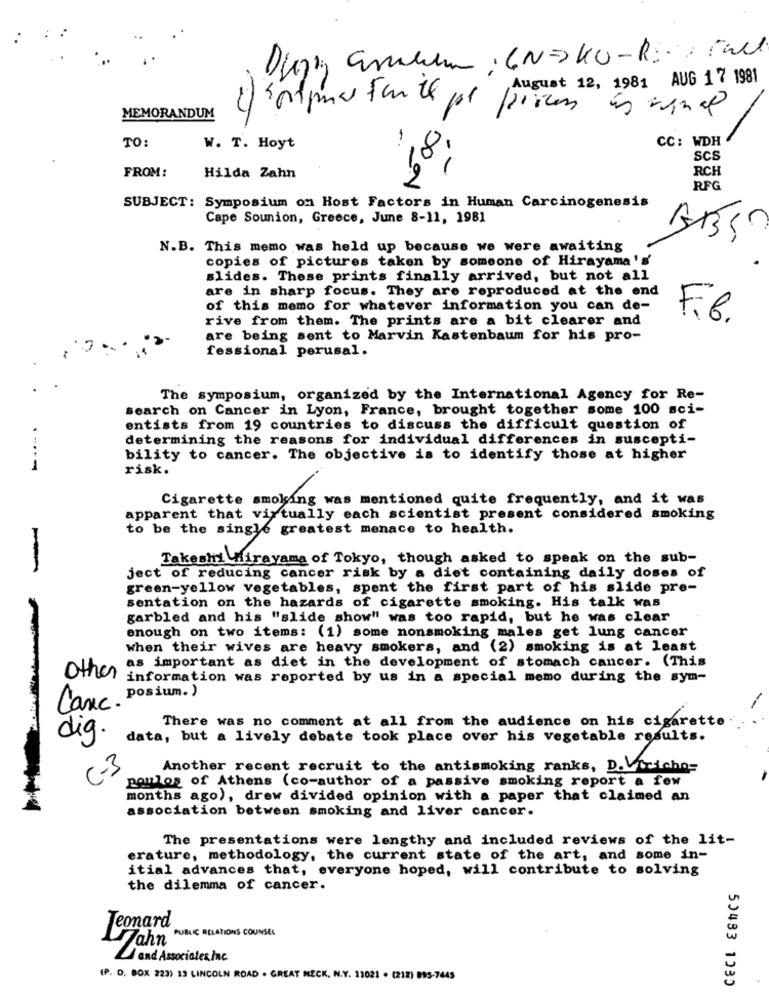
August 12, 1981 AUG 1 7 1981
c'estprice for le pe poicon
MEMORANDUM
-
CC: WDH
TO:
W. T. Hoyt
8
SCS
FROM:
-
RCH
Hilda Zahn
RFG
SUBJECT: Symposium on Host Factors in Human Carcinogenesis
Cape Sounion, Greece, June 8-11, 1981
N.B. This memo was held up because we were awaiting
copies of pictures taken by someone of Hirayama's'
slides. These prints finally arrived, but not all
are in sharp focus. They are reproduced at the end
of this memo for whatever information you can de-
rive from them. The prints are a bit clearer and
F.b.
are being sent to Marvin Kastenbaum for his pro-
fessional perusal.
The symposium, organized by the International Agency for Re-
search on Cancer in Lyon, France, brought together some 100 sci-
entists from 19 countries to discuss the difficult question of
determining the reasons for individual differences in suscepti-
bility to cancer. The objective is to identify those at higher
1
risk.
Cigarette smoking was mentioned quite frequently, and it was
apparent that virtually each scientist present considered smoking
to be the single greatest menace to health.
Takeshi Mirayama of Tokyo, though asked to speak on the sub-
ject of reducing cancer risk by a diet containing daily doses of
green-yellow vegetables, spent the first part of his slide pre-
sentation on the hazards of cigarette smoking. His talk was
garbled and his "slide show" was too rapid, but he was clear
enough on two items: (1) some nonsmoking males get lung cancer
when their wives are heavy smokers, and (2) smoking is at least
as important as diet in the development of stomach cancer. (This
other
information was reported by us in a special memo during the sym-
posium. )
Canc.
There was no comment at all from the audience on his cigarette
dig.
data, but a lively debate took place over his vegetable results.
C-3
Another recent recruit to the antismoking ranks, D. Vticho-
poulos of Athens (co-author of a passive smoking report a few
months ago), drew divided opinion with a paper that claimed an
association between smoking and liver cancer.
The presentations were lengthy and included reviews of the lit-
erature, methodology, the current state of the art, and some in-
itial advances that, everyone hoped, will contribute to solving
the dilemma of cancer.
Leonard
Zahn PUBLIC RELATIONS COUNSEL
and Associates Inc
(P. O. BOX 223) 13 LINCOLN ROAD . GREAT NECK, N.Y. 11021 . (212) 895-7445
50483 1035